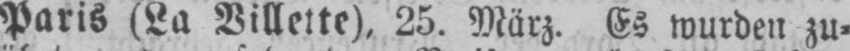
Paris (La Villelte), 25. März. Es wurden zu⸗